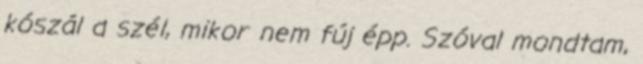
kószál a szél, mikor nem fúj épp. Szóval mondtam,